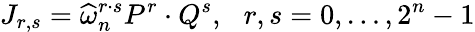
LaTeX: J_{r,s}=\widehat{\omega}_{n}^{r\cdot s}P^{r}\cdot Q^{s},\, \, \, \, r,s=0,\ldots,2^{n}-1